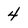
Character: 4